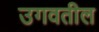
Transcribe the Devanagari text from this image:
उगवतील